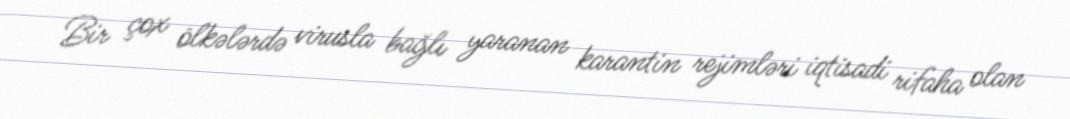
Bir çox ölkələrdə virusla bağlı yaranan karantin rejimləri iqtisadi rifaha olan